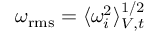
\omega _ { \mathrm { r m s } } = \langle \omega _ { i } ^ { 2 } \rangle _ { V , t } ^ { 1 / 2 }